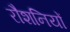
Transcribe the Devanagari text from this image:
रौशनियों